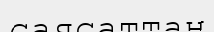
саясаттан